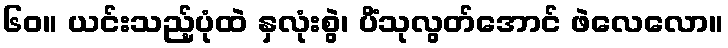
၆၀။ ယင်းသည့်ပုံထဲ နှလုံးစွဲ၊ ပိံသုလွတ်အောင် ဖဲလေလော။